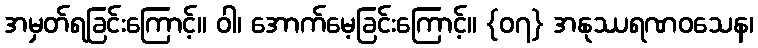
အမှတ်ရခြင်းကြောင့်။ ဝါ၊ အောက်မေ့ခြင်းကြောင့်။ {၀၇} အနုဿရဏဝသေန၊